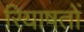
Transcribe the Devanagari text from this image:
रियाषतों